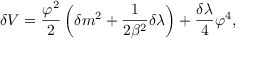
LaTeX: \delta V = { \frac { \varphi ^ { 2 } } { 2 } } \left( \delta m ^ { 2 } + { \frac { 1 } { 2 \beta ^ { 2 } } } \delta \lambda \right) + { \frac { \delta \lambda } { 4 } } \varphi ^ { 4 } ,